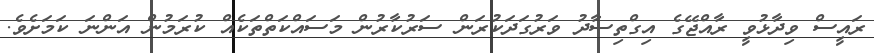
ރައީސް ވިދާޅުވީ ރާއްޖޭގެ އިގްތިސާދު ވަރުގަދަކުރަން ސަރުކާރުން މަސައްކަތްތަކެއް ކުރަމުން އަންނަ ކަމަށެވެ.